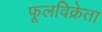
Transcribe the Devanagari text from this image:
फूलविक्रेता